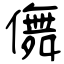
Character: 儛